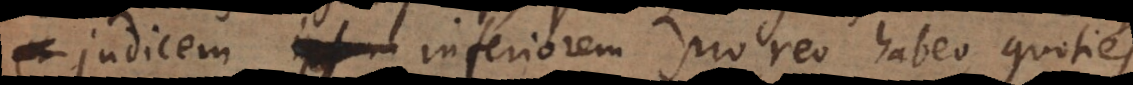
e judicem inferiorem pro reo habeo, quoties